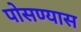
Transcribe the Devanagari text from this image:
पोसण्यास